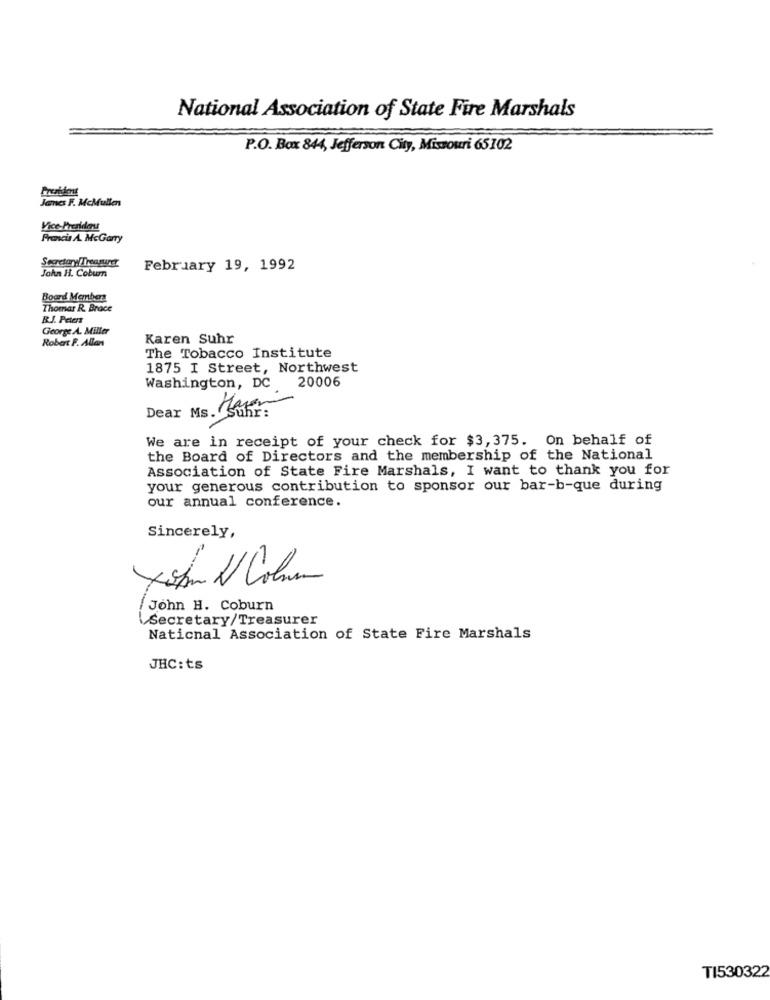
National Association of State Fire Marshals
P.O. Box 844, Jefferson City, Missouri 65102
Prezident
Janes F. McMullen
Vice-President
Precis A. McGarry
February 19, 1992
John H. Coburn
Board Members
Thomas R. Brace
RJ. Peters
George A. Miller
Robert F. Allan
Karen Suhr
The Tobacco Institute
1875 I Street, Northwest
20006
Washington, DC
We are in receipt of your check for $3,375. On behalf of
the Board of Directors and the membership of the National
Association of State Fire Marshals, I want to thank you for
your generous contribution to sponsor our bar-b-que during
our annual conference.
Sincerely,
-
John D Column
/ John H. Coburn
Secretary/Treasurer
National Association of State Fire Marshals
JHC: ts
TI530322